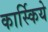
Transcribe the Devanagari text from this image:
कार्स्किये